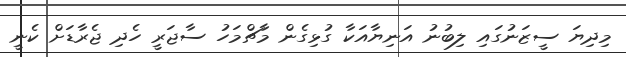
މިދިޔަ ސީޒަނުގައި ލިބުނު އަނިޔާއަކާ ގުޅިގެން މާޗްމަހު ސާޖަރީ ހެދި ޖެރާޑަށް ކެނީ